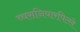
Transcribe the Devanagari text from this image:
व्यसनिवारपिल्ले